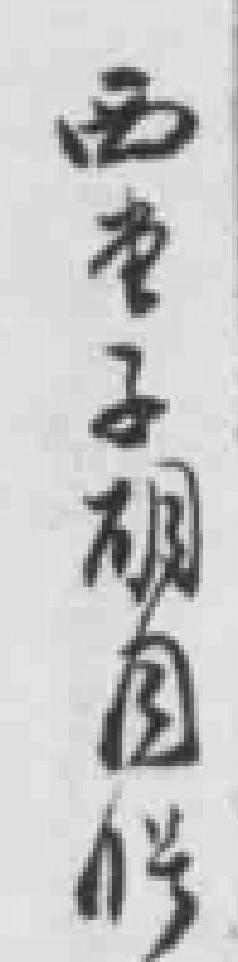
西堂子胡同11号